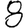
Digit: 8